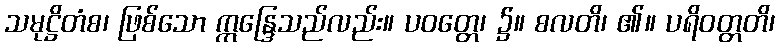
သမုဋ္ဌိတံစ၊ ဖြစ်သော ဣန္ဒြေသည်လည်း။ ပဝတ္တေ၊ ၌။ စလတိ၊ ၏။ ပရိဝတ္တတိ၊